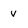
Character: v